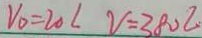
V _ { 0 } = 2 0 l v = 3 8 0 l